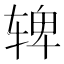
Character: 𬨌